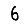
Digit: 6